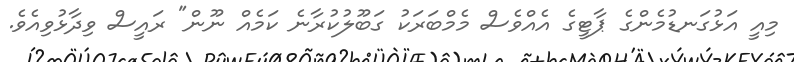
މިއީ އަޅުގަނޑުމެންގެ ޕާޓީގެ އެއްވެސް މެމްބަރަކު ގަބޫލުކުރާނެ ކަމެއް ނޫން" ރައީސް ވިދާޅުވިއެވެ.